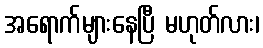
အရောက်များနေပြီ မဟုတ်လား၊